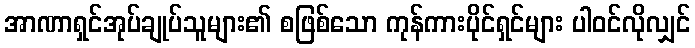
အာဏာရှင်အုပ်ချုပ်သူများ၏ စဖြစ်သော ကုန်ကားပိုင်ရှင်များ ပါဝင်လိုလျှင်